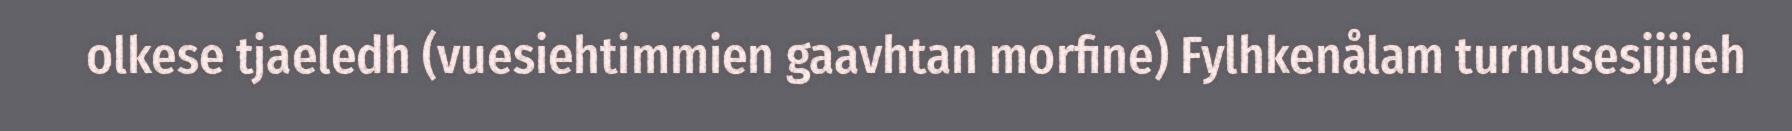
olkese tjaeledh (vuesiehtimmien gaavhtan morfine) Fylhkenålam turnusesijjieh